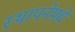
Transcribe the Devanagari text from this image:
स्थापनेमधे